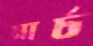
মার্চ